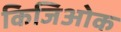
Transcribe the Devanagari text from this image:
किजिओक